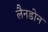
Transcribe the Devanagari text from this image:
लैनडोन